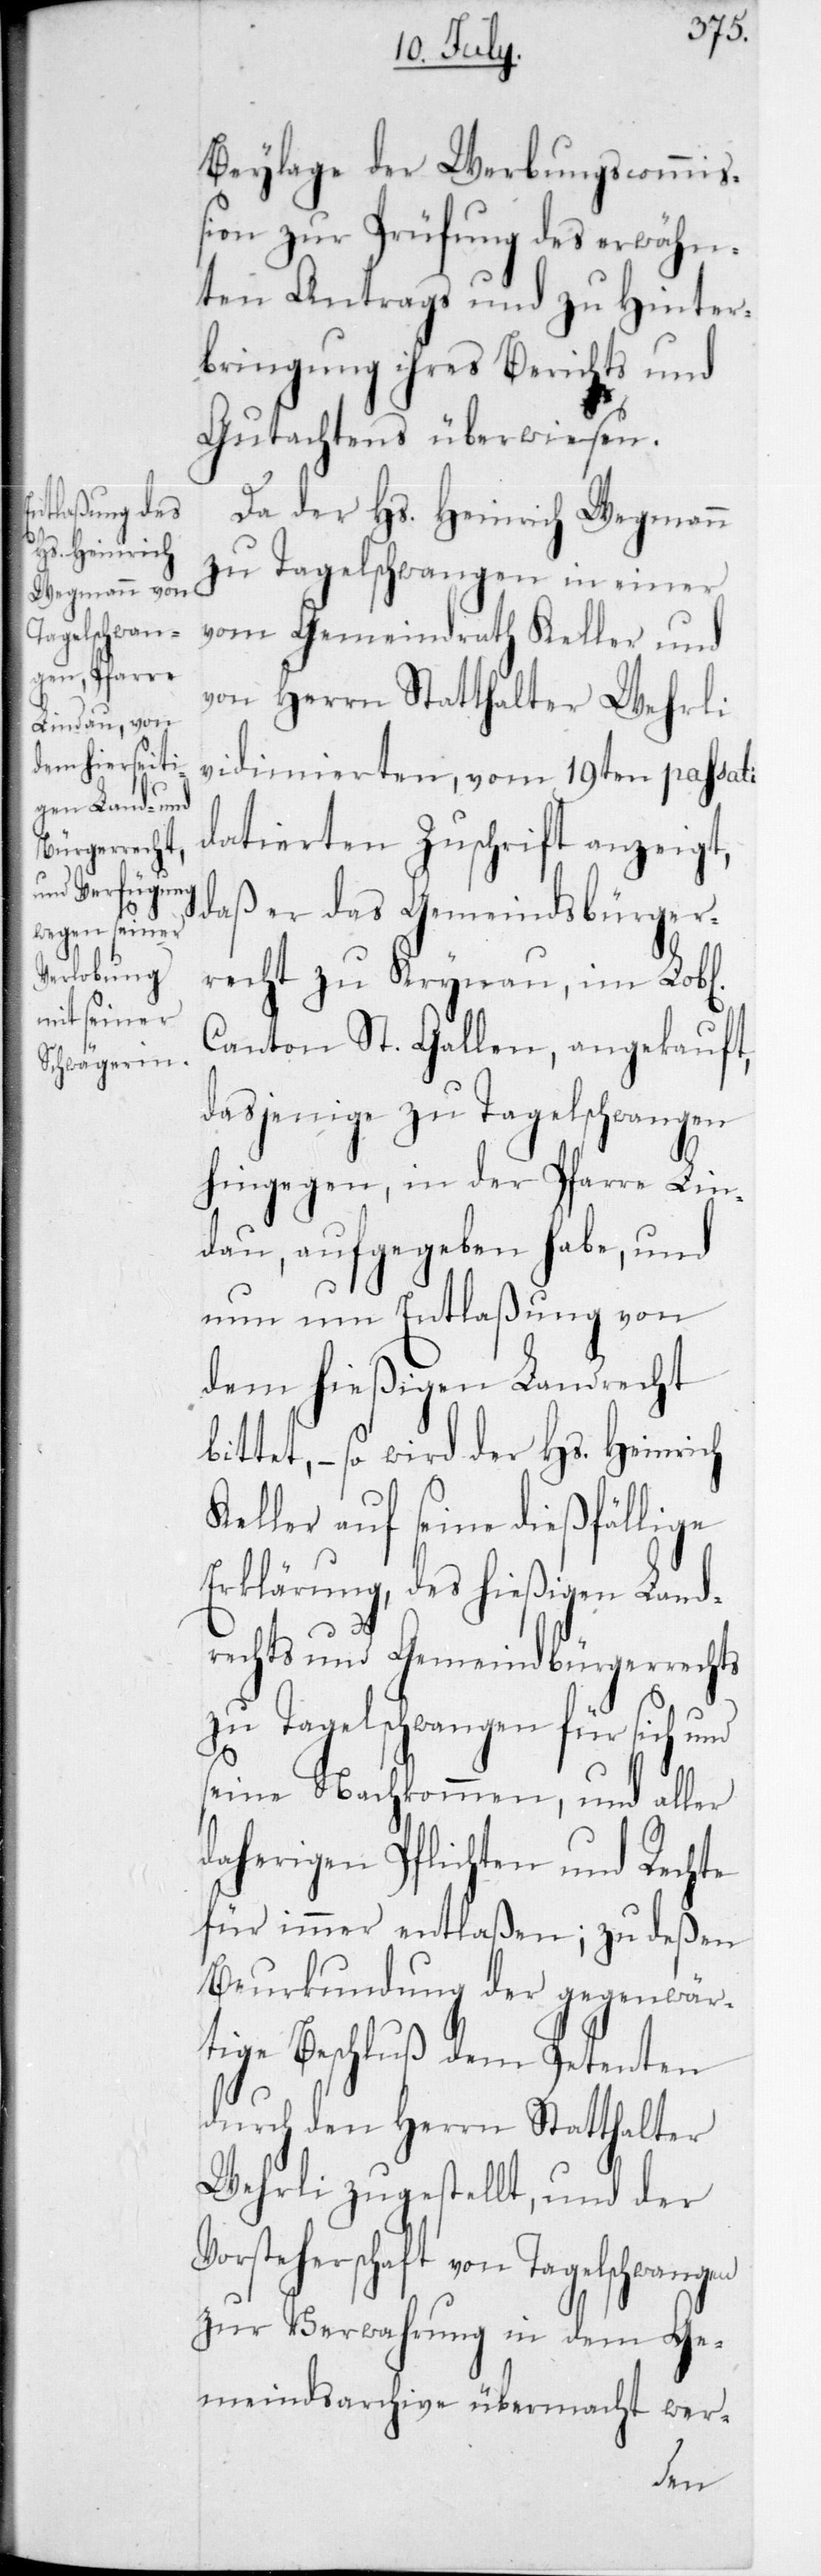
der Pfarre

Beylage der Werbungscommiß¬
ion zur Prüfung des erwähn¬
ten Antrags und zu Hinter¬
bringung ihres Berichts und
Gutachtens überwiesen.
Da der Hs. Heinrich Wegmann
zu Tagelschwangen in einer
vom Gemeindrath Keller und
von Herrn Statthalter Wehrli
vidimierten, vom 19ten passati
datierten Zuschrift anzeigt,
daß er das Gemeindsbürger¬
recht zu Krynau im L.
Canton St. Gallen, angekauft,
dasjenige zu Tagelschwangen
gegen aufgegeben habe, und
nun um Entlassung von
dem hießigen Landrecht
bittet, – so wird der Hs. Heinrich
Keller auf seine dießfällige
Erklärung des hießigen Land¬
rechts und Gemeindbürgerrechts
zu Tagelswangen für sich und
seine Nachkommen, und aller
daherigen Pflichten und Rechte
für immer entlaßen; zu deßen
Beurkundung der gegenwär¬
tige Beschluß dem Petenten
durch den Herrn Statthalter
Wehrli zugestellt, und der
Vorsteherschaft von Tagelschwangen
zur Verwahrung in dem Ge¬
meindsarchive übermacht wer-
hin¬